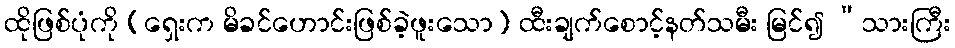
ထိုဖြစ်ပုံကို (ရှေးက မိခင်ဟောင်းဖြစ်ခဲ့ဖူးသော) ထီးချက်စောင့်နတ်သမီး မြင်၍ “သားကြီး